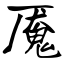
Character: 魇